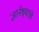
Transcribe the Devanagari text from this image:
ज्ञानेश्र्वरांचे